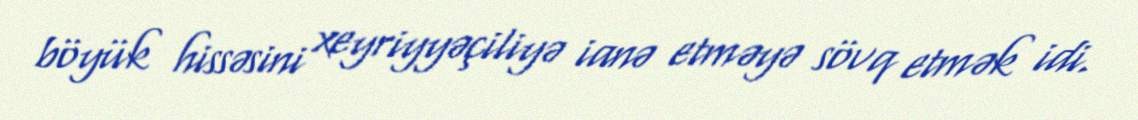
böyük hissəsini xeyriyyəçiliyə ianə etməyə sövq etmək idi.